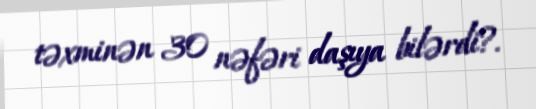
təxminən 30 nəfəri daşıya bilərdi?.